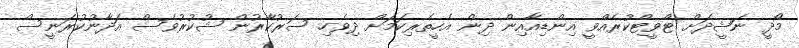
މޯދީ ނަޝީދަށް ޓްވީޓްކުރެއްވީ އިންޑިއާއިން ދިން އެހީތެރިކަމަށް ދިވެހި ސަރުކާރުން ޝުކުރުވެސް އަދާނުކުރަނީސް